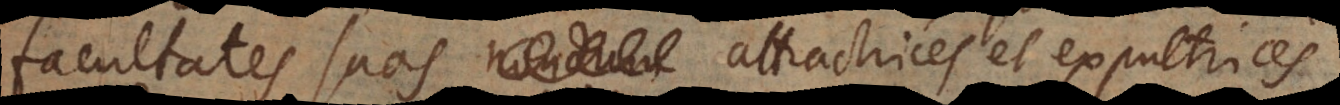
facultates suas nondum attractrices et expultrices